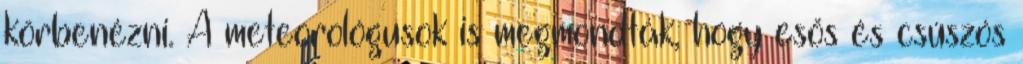
körbenézni. A meteorológusok is megmondták, hogy esős és csúszós